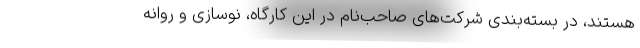
هستند، در بسته‌بندی شرکت‌های صاحب‌نام در این کارگاه، نوسازی و روانه